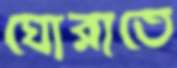
ঘোরাতে